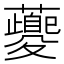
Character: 𧃰